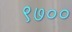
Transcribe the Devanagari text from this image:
९७००